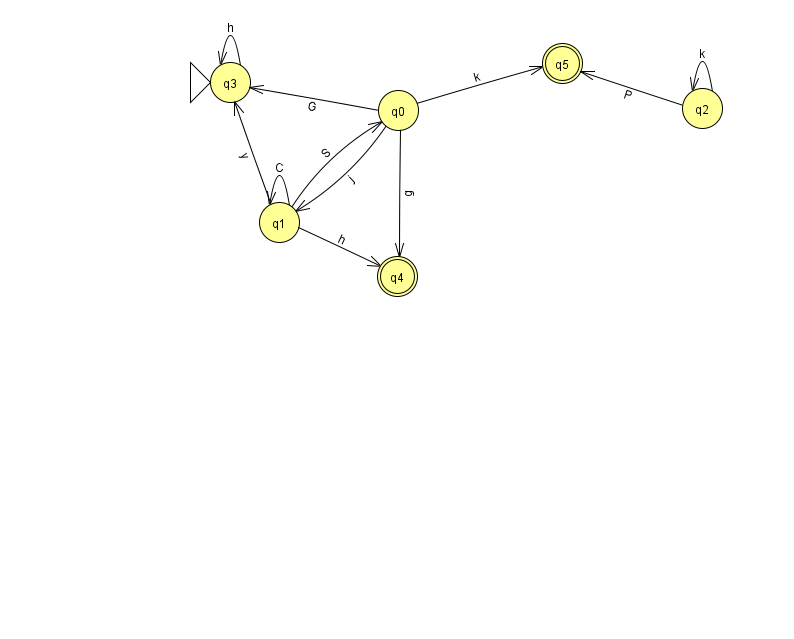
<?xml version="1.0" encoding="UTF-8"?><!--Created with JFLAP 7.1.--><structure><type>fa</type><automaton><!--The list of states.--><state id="0" name="q0"><x>398.0</x><y>97.0</y></state><state id="1" name="q1"><x>279.0</x><y>209.0</y></state><state id="2" name="q2"><x>702.0</x><y>95.0</y></state><state id="3" name="q3"><x>230.0</x><y>69.0</y><initial/></state><state id="4" name="q4"><x>397.0</x><y>263.0</y><final/></state><state id="5" name="q5"><x>562.0</x><y>50.0</y><final/></state><!--The list of transitions.--><transition><from>0</from><to>4</to><read>g</read></transition><transition><from>0</from><to>5</to><read>k</read></transition><transition><from>1</from><to>1</to><read>C</read></transition><transition><from>2</from><to>5</to><read>P</read></transition><transition><from>0</from><to>3</to><read>G</read></transition><transition><from>1</from><to>0</to><read>S</read></transition><transition><from>1</from><to>4</to><read>h</read></transition><transition><from>3</from><to>3</to><read>h</read></transition><transition><from>2</from><to>2</to><read>k</read></transition><transition><from>0</from><to>1</to><read>j</read></transition><transition><from>1</from><to>3</to><read>y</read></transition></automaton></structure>